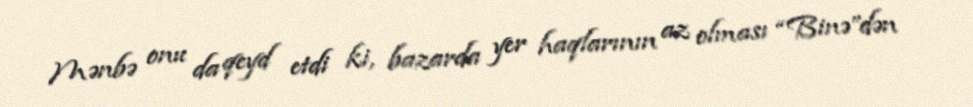
Mənbə onu da qeyd etdi ki, bazarda yer haqlarının az olması “Binə”dən